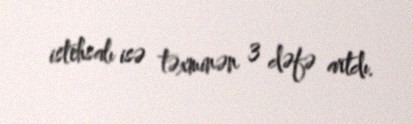
istehsalı isə təxminən 3 dəfə artdı.